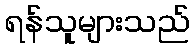
ရန်သူများသည်